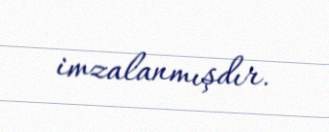
imzalanmışdır.